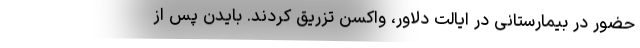
حضور در بیمارستانی در ایالت دلاور، واکسن تزریق کردند. بایدن پس از